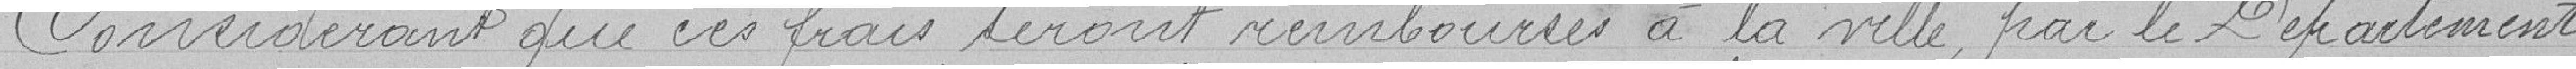
Considérant que ces frais seront remboursés à la ville par le Département